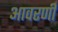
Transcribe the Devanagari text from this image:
आवरणी